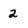
Character: 2